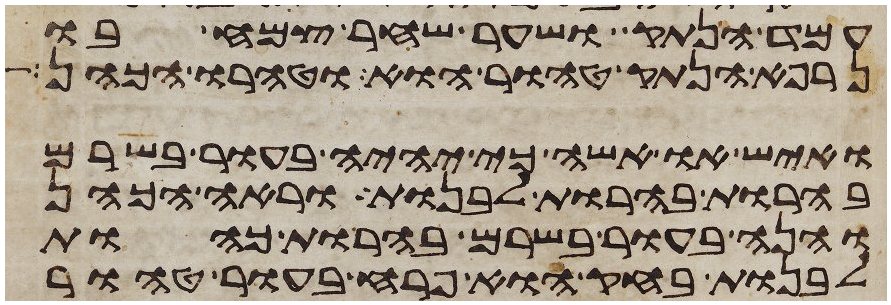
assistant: עמד הנתק ושער שחר צמח בו
נרפא הנתק טהור הוא וטהרו הכהן
ואיש או אשה כי יהיה בעור בשרם
בהרות בהרות לבנות וראה הכהן
והנה בעור בשרם בהרות כהות
לבנות בחק הוא פרח בעור טהור